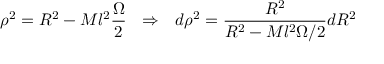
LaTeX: \rho ^ { 2 } = R ^ { 2 } - M l ^ { 2 } \frac { \Omega } { 2 } \: \: \: \Rightarrow \: \: \: d \rho ^ { 2 } = \frac { R ^ { 2 } } { R ^ { 2 } - M l ^ { 2 } \Omega / 2 } d R ^ { 2 }